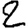
Digit: 2